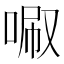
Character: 𠴪